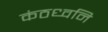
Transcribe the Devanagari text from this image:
कंठध्वनि